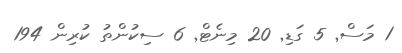
1 މަސް